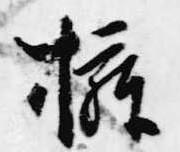
擁